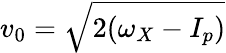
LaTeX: v_{0}=\sqrt{2(\omega_{X}-I_{p})}